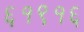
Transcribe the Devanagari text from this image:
६१९१६